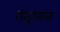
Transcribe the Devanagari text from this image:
शंभूराजांना